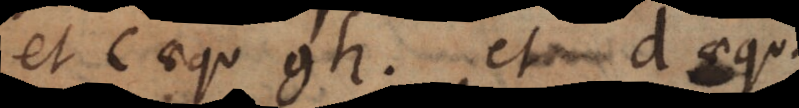
t c aequ. gh et d aequ.